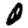
Digit: 0